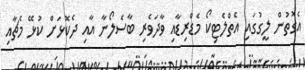
އެގޮތުން ލީގުގައި އެތްލެޓިކޯ މެޑްރިޑާއި ވާދަވެރި ބާސެލޯނާ އާއި ދެކޮޅަށް ކުޅޭ މެޗާއި